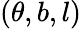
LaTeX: (\theta,b,l)